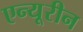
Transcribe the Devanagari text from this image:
एन्यूरीन